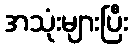
အသုံးများပြီး